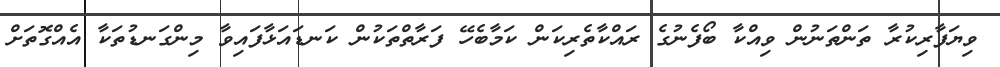
ވިޔަފާރިކުރާ ތަންތަނުން ވިއްކާ ބޯފެނުގެ ރައްކާތެރިކަން ކަމާބެހޭ ފަރާތްތަކުން ކަނޑައަޅާފައިވާ މިންގަނޑުތަކާ އެއްގޮތަށް